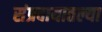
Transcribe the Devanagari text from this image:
संप्रदायातल्या